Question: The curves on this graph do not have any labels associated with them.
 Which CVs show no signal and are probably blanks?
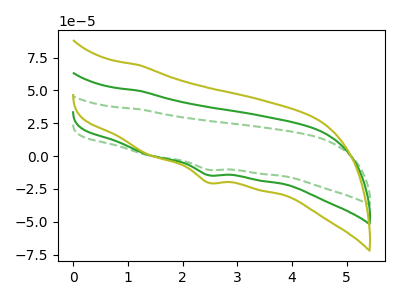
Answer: <think>The green dashed curve "green dashed" has a cathodic peak at: (2.45V, -10.45uA). The green curve "green" has a cathodic peak at: (2.45V, -14.55uA). The olive curve "olive" has a cathodic peak at: (2.45V, -29.10uA).</think>
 <answer>There are not any CV's on this graph that are likely to be blanks.</answer>
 <eval>none</eval>